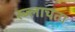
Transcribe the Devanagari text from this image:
स्ज्लाचता